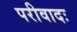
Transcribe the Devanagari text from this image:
परीवादः